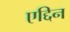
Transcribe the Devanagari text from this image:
एद्दिन